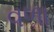
વળા